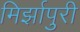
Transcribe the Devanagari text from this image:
मिर्झापुरी